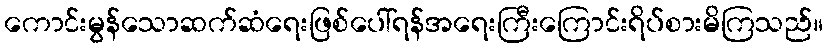
ကောင်းမွန်သောဆက်ဆံရေးဖြစ်ပေါ်ရန်အရေးကြီးကြောင်းရိပ်စားမိကြသည်။